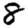
Digit: 8